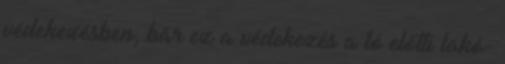
védekezésben, bár ez a védekezés a tó előtti lakó-